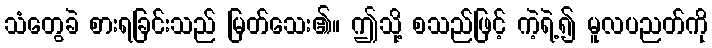
သံတွေခဲ စားရခြင်းသည် မြတ်သေး၏။ ဤသို့ စသည်ဖြင့် ကဲ့ရဲ့၍ မူလပညတ်ကို